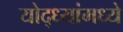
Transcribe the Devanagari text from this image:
योद्ध्यांमध्ये